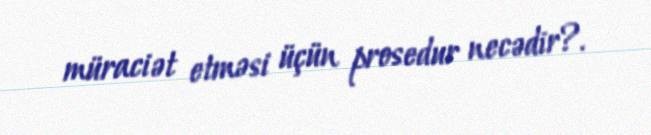
müraciət etməsi üçün prosedur necədir?.